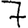
Digit: 7